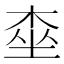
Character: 桽